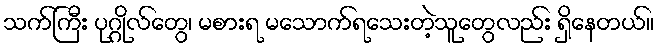
သက်ကြီး ပုဂ္ဂိုလ်တွေ၊ မစားရ မသောက်ရသေးတဲ့သူတွေလည်း ရှိနေတယ်။